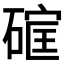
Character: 𮀳